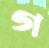
গ